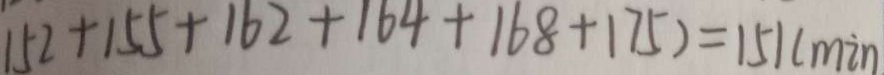
1 5 2 + 1 5 5 + 1 6 2 + 1 6 4 + 1 6 8 + 1 7 5 ) = 1 5 1 ( \min